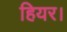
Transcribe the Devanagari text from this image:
हियर।